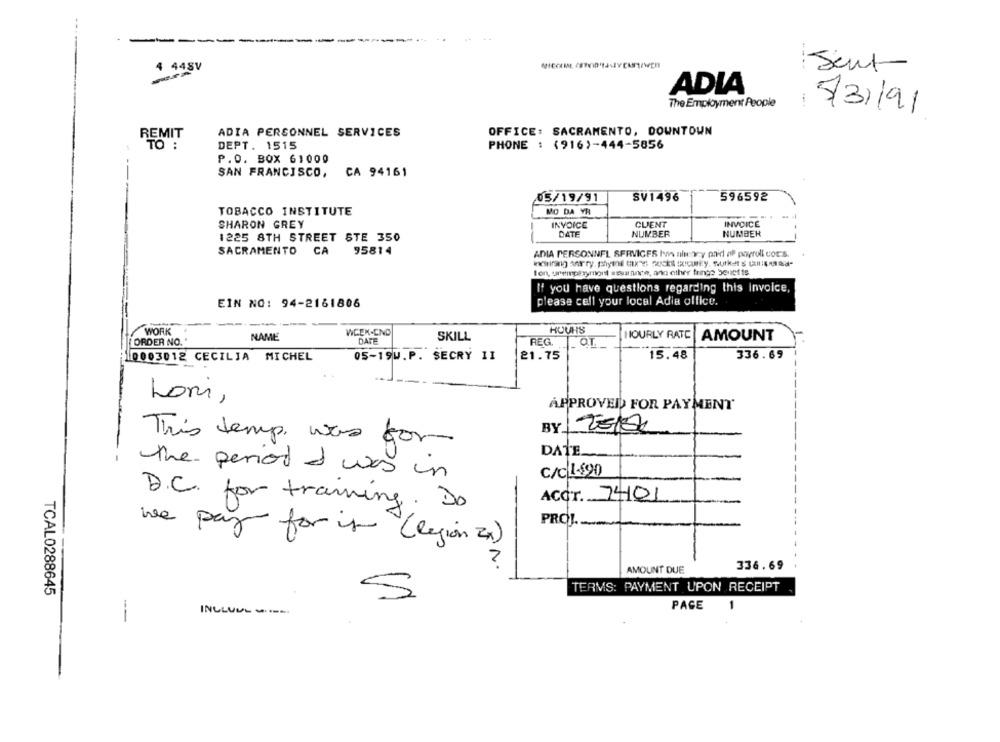
4 448V
Sent
ADIA
The Employment People
5/31/91
REMIT
ADIA PERSONNEL SERVICES
OFFICE: SACRAMENTO, DOWNTOWN
TO :
DEPT. 1515
PHONE : (916)-444-5856
P.O. BOX 61000
SAN FRANCISCO, CA 94161
05/19/91
SV1496
596592
TOBACCO INSTITUTE
MO DA VR
CLIENT
INVOICE
SHARON GREY
INVOICE
1225 8TH STREET STE 350
DATE
NUMBER
NUMBER
SACRAMENTO CA
95814
ADIA PERSONNEL SERVICES In nlworry paid of payroll cor's
Ion, unemplymont assurance, ann other fringe benefits
If you have questions regarding this invoice,
EIN NO: 94-2161806
please call your local Adia office.
WORK
WCEX-CND
HOUHS
HOURLY RATE
ORDER NO.
NAME
DATE
SKILL
AMOUNT
REG. OL
10003012 CECILIA
MICHEL
05-19W.P. SECRY II
21.75
15.48
336.69
Lom,
APPROVED FOR PAYMENT
BY-
This temp, was for
DATE
C/C 1-490
the period I was in
D.C. for training.
ACCT. 74101
Do
PROJ ....
we pay for is " ( legion 2)
AMOUNT DUE
336.69
TERMS: PAYMENT UPON RECEIPT
TCAL0288645
5
PAGE
INCLUUL
--